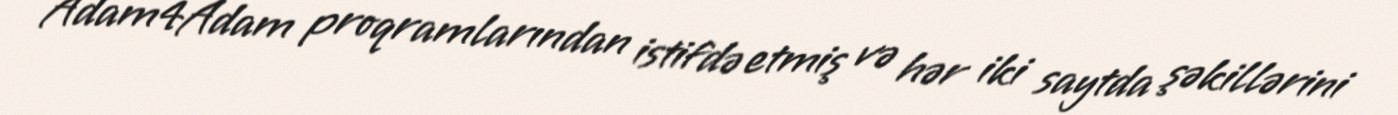
Adam4Adam proqramlarından istifdə etmiş və hər iki saytda şəkillərini